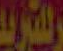
للتوريد